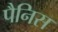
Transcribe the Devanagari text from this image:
पैनिस